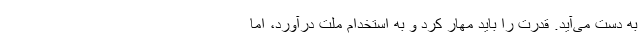
به دست می‌آید. قدرت را باید مهار کرد و به استخدام ملت درآورد، اما